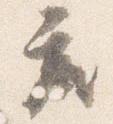
座